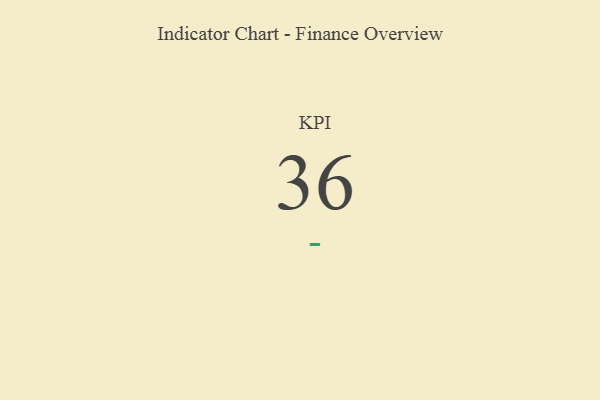
{"axis": {"x": "KPI", "y": "Value"}, "legend": [""], "data": [{"x": "KPI", "y": 36, "type": ""}]}